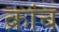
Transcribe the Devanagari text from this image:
क्रांच